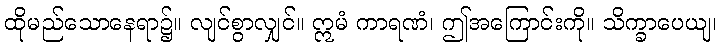
ထိုမည်သောနေရာ၌။ လျင်စွာလျှင်။ ဣမံ ကာရဏံ၊ ဤအကြောင်းကို။ သိက္ခာပေယျ၊